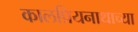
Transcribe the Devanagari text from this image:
कालप्रियनाथाच्या